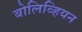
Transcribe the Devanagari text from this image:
बोलिव्हियन